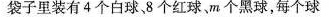
袋子里装有4个白球，8个红球、m个黑球，每个球